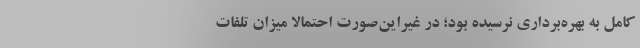
کامل به بهره‌برداری نرسیده بود؛ در غیراین‌صورت احتمالا میزان تلفات